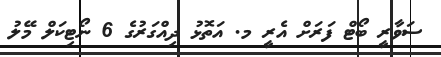
ސަވާރީ ބޯޓް ފަރަށް އެރީ މ. އަތޮޅު ދިއްގަރުގެ 6 ނޯޓިކަލް މޭލު